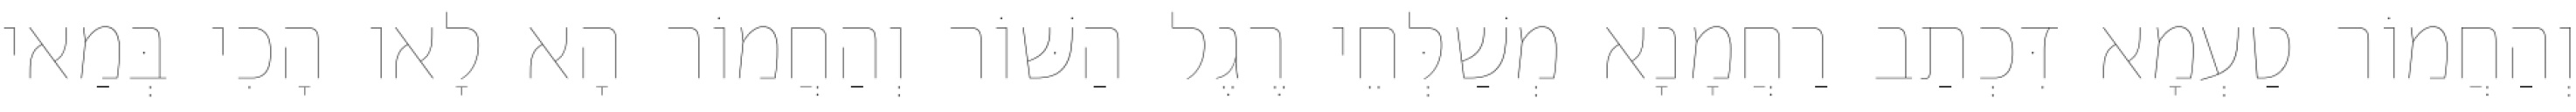
וְהַחֲמוֹר טַעְמָא דִּכְתַב רַחֲמָנָא מְשַׁלְּחֵי רֶגֶל הַשּׁוֹר וְהַחֲמוֹר הָא לָאו הָכִי בְּמַאי